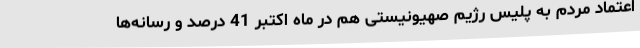
اعتماد مردم به پلیس رژیم صهیونیستی هم در ماه اکتبر 41 درصد و رسانه‌ها